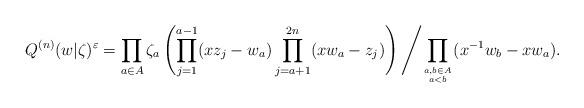
LaTeX: \begin{align*}Q^{(n)}(w|\zeta )^{\varepsilon} =\prod_{a\in A} \zeta_a \left( \prod_{j=1}^{a-1} (xz_j -w_a )\prod_{j=a+1}^{2n} (xw_a -z_j ) \right) \left/ \prod_{a,b\in A\atop a<b} (x^{-1}w_b -xw_a ). \right.\end{align*}